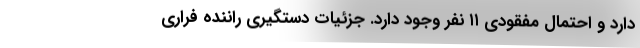
دارد و احتمال مفقودی ۱۱ نفر وجود دارد. جزئیات دستگیری راننده فراری